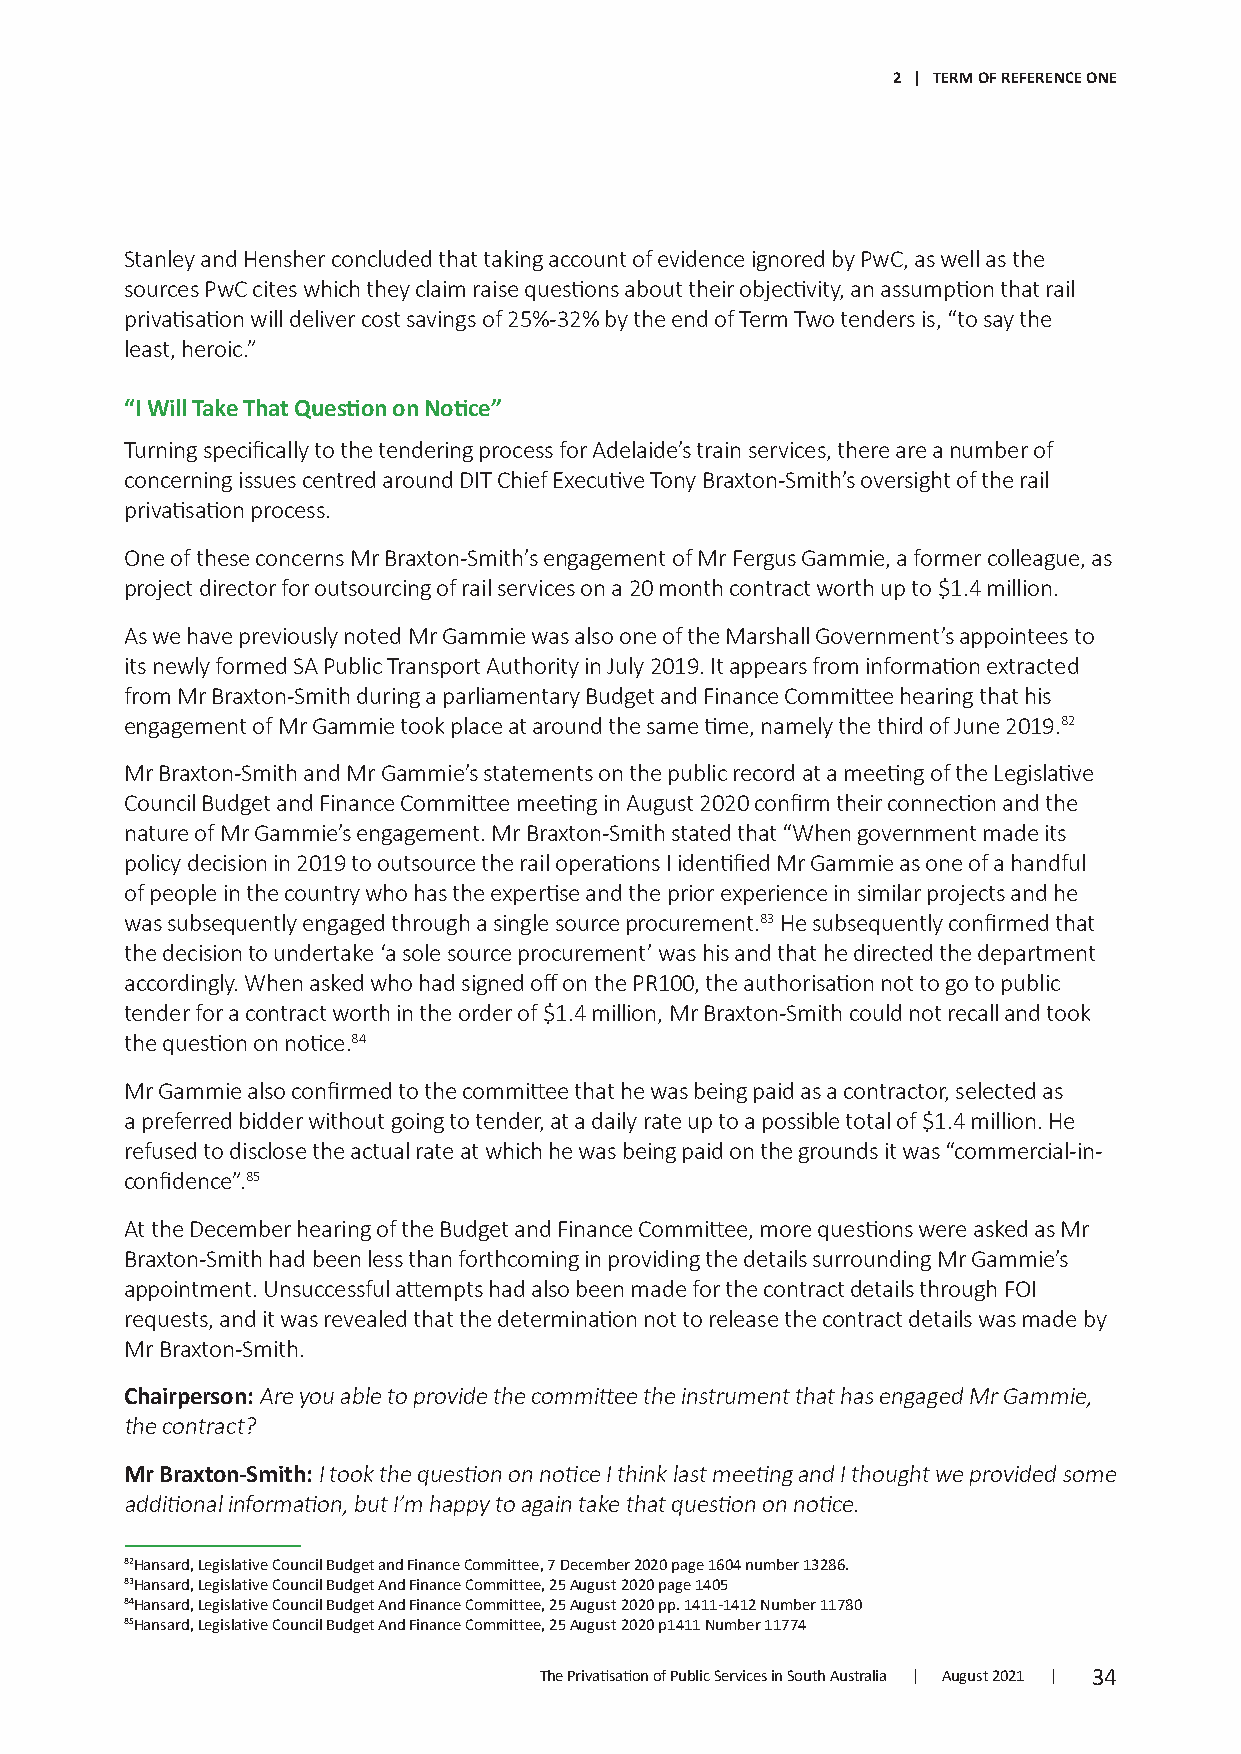
2 | TERM OF REFERENCE ONE
 Stanley and Hensher concluded that taking account of evidence ignored by PwC, as well as the
 sources PwC cites which they claim raise questions about their objectivity, an assumption that rail
 privatisation will deliver cost savings of 25%-32% by the end of Term Two tenders is, “to say the
 least, heroic.”
 “I Will Take That Question on Notice”
 Turning specifically to the tendering process for Adelaide’s train services, there are a number of
 concerning issues centred around DIT Chief Executive Tony Braxton-Smith’s oversight of the rail
 privatisation process.
 One of these concerns Mr Braxton-Smith’s engagement of Mr Fergus Gammie, a former colleague, as
 project director for outsourcing of rail services on a 20 month contract worth up to $1.4 million.
 As we have previously noted Mr Gammie was also one of the Marshall Government’s appointees to
 its newly formed SA Public Transport Authority in July 2019. It appears from information extracted
 from Mr Braxton-Smith during a parliamentary Budget and Finance Committee hearing that his
 engagement of Mr Gammie took place at around the same time, namely the third of June 2019.82
 Mr Braxton-Smith and Mr Gammie’s statements on the public record at a meeting of the Legislative
 Council Budget and Finance Committee meeting in August 2020 confirm their connection and the
 nature of Mr Gammie’s engagement. Mr Braxton-Smith stated that “When government made its
 policy decision in 2019 to outsource the rail operations I identified Mr Gammie as one of a handful
 of people in the country who has the expertise and the prior experience in similar projects and he
 was subsequently engaged through a single source procurement.83 He subsequently confirmed that
 the decision to undertake ‘a sole source procurement’ was his and that he directed the department
 accordingly. When asked who had signed off on the PR100, the authorisation not to go to public
 tender for a contract worth in the order of $1.4 million, Mr Braxton-Smith could not recall and took
 the question on notice.84
 Mr Gammie also confirmed to the committee that he was being paid as a contractor, selected as
 a preferred bidder without going to tender, at a daily rate up to a possible total of $1.4 million. He
 refused to disclose the actual rate at which he was being paid on the grounds it was “commercial-in-
 confidence”.85
 At the December hearing of the Budget and Finance Committee, more questions were asked as Mr
 Braxton-Smith had been less than forthcoming in providing the details surrounding Mr Gammie’s
 appointment. Unsuccessful attempts had also been made for the contract details through FOI
 requests, and it was revealed that the determination not to release the contract details was made by
 Mr Braxton-Smith.
 Chairperson: Are you able to provide the committee the instrument that has engaged Mr Gammie,
 the contract?
 Mr Braxton-Smith: I took the question on notice I think last meeting and I thought we provided some
 additional information, but I’m happy to again take that question on notice.
 82Hansard, Legislative Council Budget and Finance Committee, 7 December 2020 page 1604 number 13286.
 83Hansard, Legislative Council Budget And Finance Committee, 25 August 2020 page 1405
 84Hansard, Legislative Council Budget And Finance Committee, 25 August 2020 pp. 1411-1412 Number 11780
 85Hansard, Legislative Council Budget And Finance Committee, 25 August 2020 p1411 Number 11774
 The Privatisation of Public Services in South Australia | August 2021 | 34